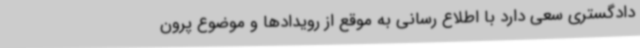
دادگستری سعی دارد با اطلاع رسانی به موقع از رویدادها و موضوع پرون